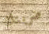
ضربتك